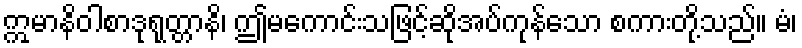
ဣမာနိဝါစာဒုရုတ္တာနိ၊ ဤမကောင်းသဖြင့်ဆိုအပ်ကုန်သော စကားတို့သည်။ မံ၊